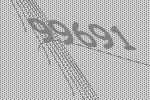
99691